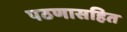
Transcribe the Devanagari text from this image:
पठणासहित